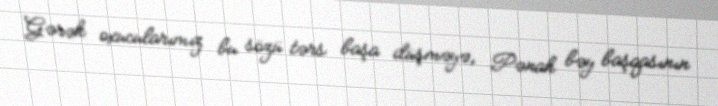
Gərək oxucularımız bu sözü tərs başa düşməyə, Pənah bəy başqasının